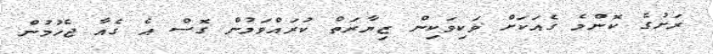
ރަށުގެ ކޮންމެ ގެއަކަށް ވަކިވަކިން ޒިޔާރަތް ކުރައްވަމުން ގޮސް އެ ގެއާ ޖެހުމުން